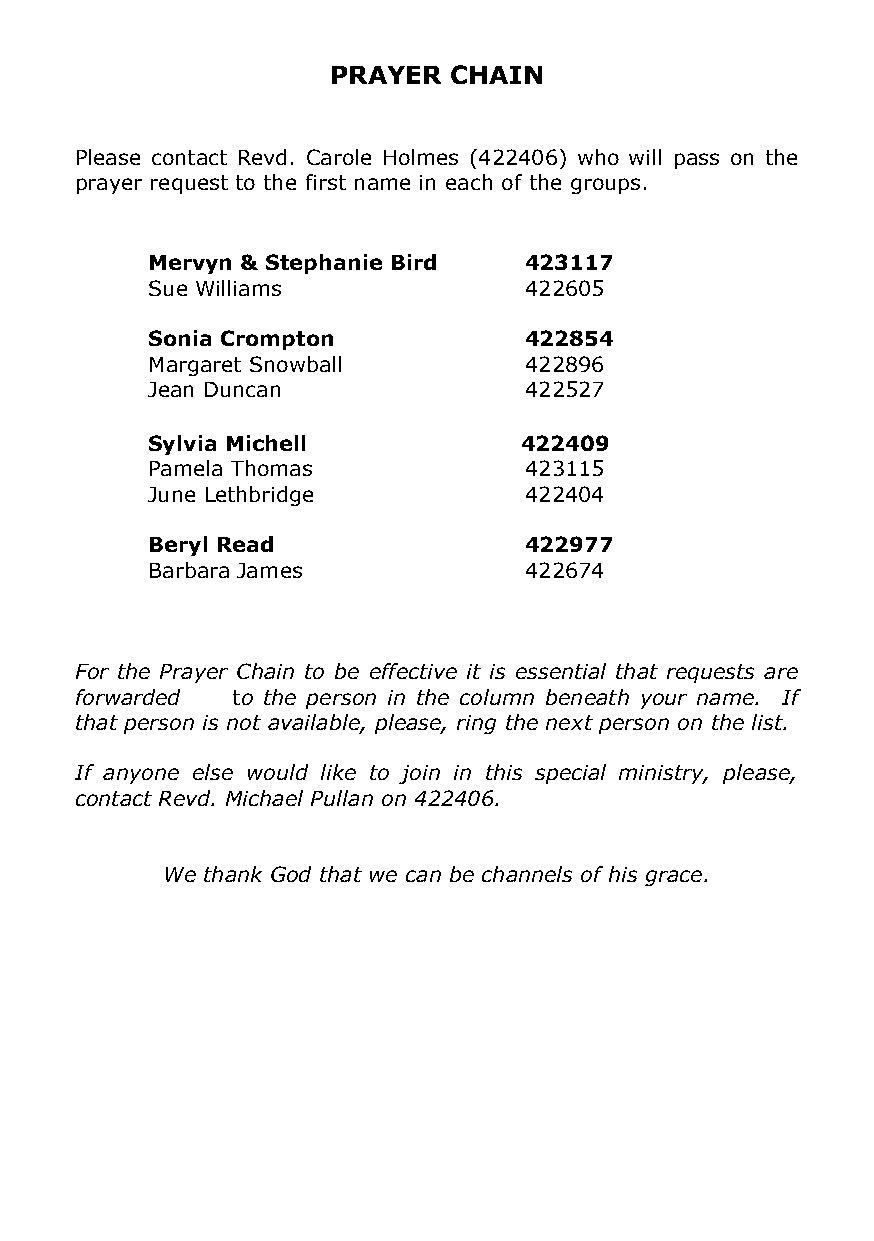
PRAYER  CHAIN
 Please contact Revd. Carole Holmes (422406) who will pass on the
 prayer request to the first name in each of the groups.
 Mervyn & Stephanie Bird  423117
 Sue Williams             422605
 Sonia Crompton           422854
 Margaret Snowball        422896
 Jean Duncan              422527
 Sylvia Michell           422409
 Pamela Thomas            423115
 June Lethbridge          422404
 Beryl Read               422977
 Barbara James            422674
 For the Prayer Chain to be effective it is essential that requests are
 forwarded to the person in the column beneath your name. If
 that person is not available, please, ring the next person on the list.
 If anyone else would like to join in this special ministry, please,
 contact Revd. Michael Pullan on 422406.
 We thank God that we can be channels of his grace.